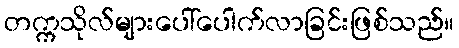
တက္ကသိုလ်များပေါ်ပေါက်လာခြင်းဖြစ်သည်။